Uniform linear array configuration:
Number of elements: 8
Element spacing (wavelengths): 0.75
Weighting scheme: cosine
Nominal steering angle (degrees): -30
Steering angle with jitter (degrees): -28.518
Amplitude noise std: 0.05
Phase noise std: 0.05

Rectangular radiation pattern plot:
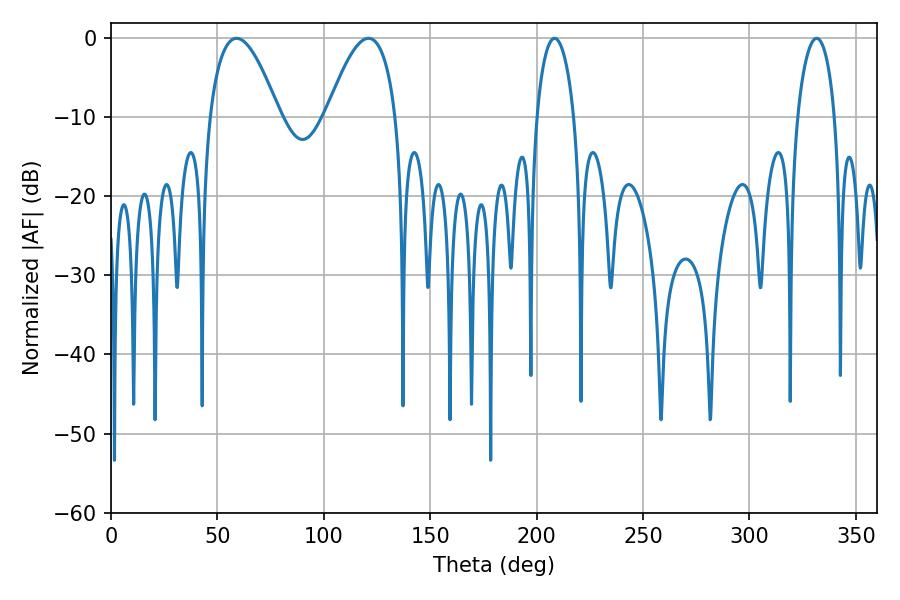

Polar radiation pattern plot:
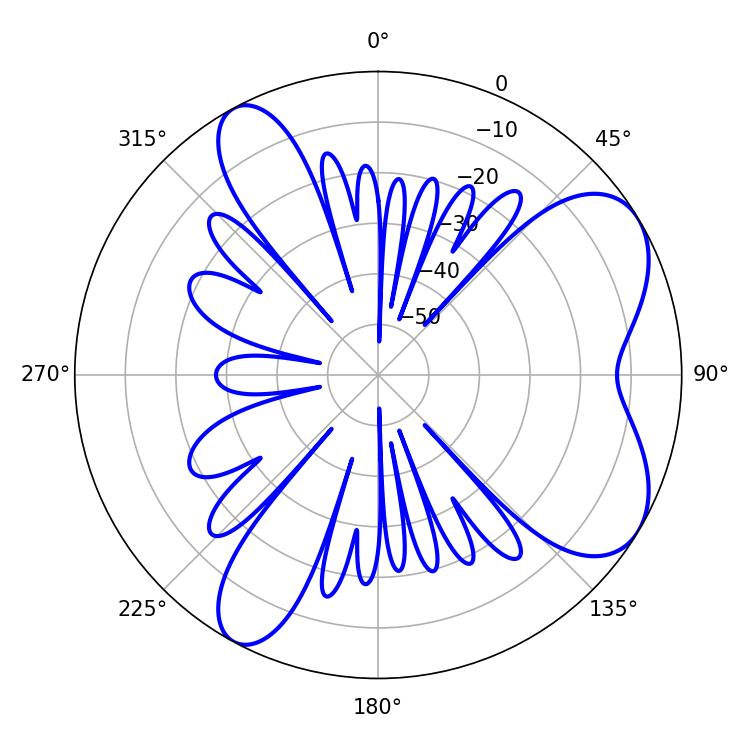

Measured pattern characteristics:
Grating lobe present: TRUE
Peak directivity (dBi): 6.798
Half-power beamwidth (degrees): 9.9
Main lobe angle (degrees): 331.56